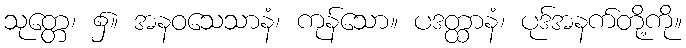
သုတ္တေ၊ ၌။ အနဝသေသာနံ၊ ကုန်သော။ ပဒတ္ထာနံ၊ ပုဒ်အနက်တို့ကို။